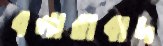
বলারাবাদ